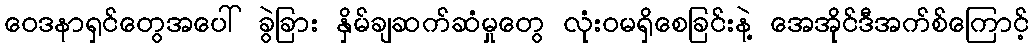
ဝေဒနာရှင်တွေအပေါ် ခွဲခြား နှိမ်ချဆက်ဆံမှုတွေ လုံးဝမရှိစေခြင်းနဲ့ အေအိုင်ဒီအက်စ်ကြောင့်